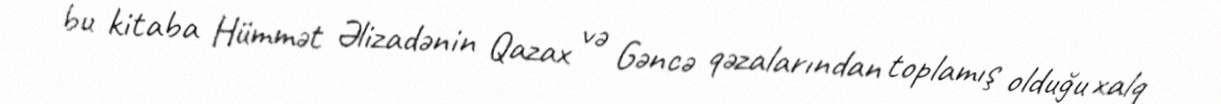
bu kitaba Hümmət Əlizadənin Qazax və Gəncə qəzalarından toplamış olduğu xalq